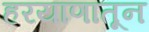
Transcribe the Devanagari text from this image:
हरयाणातून